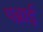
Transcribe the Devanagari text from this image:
पब्राई